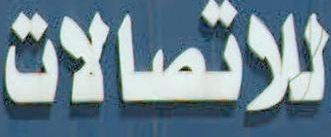
للاتصالات